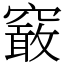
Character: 䆻